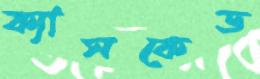
ক্যাসকেড